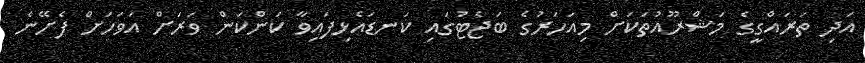
އަދި ތަރައްގީގެ މަޝްރޫއުތަކަށް މިއަހަރުގެ ބަޖެޓުގައި ކަނޑައެޅިފައިވާ ކަންކަން ވަރަށް އަވަހަށް ފެށޭނެ